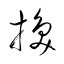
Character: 換